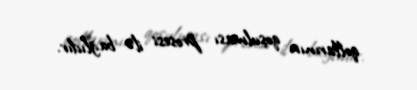
qollarının qoşulması prosesi ilə bağlıdır.